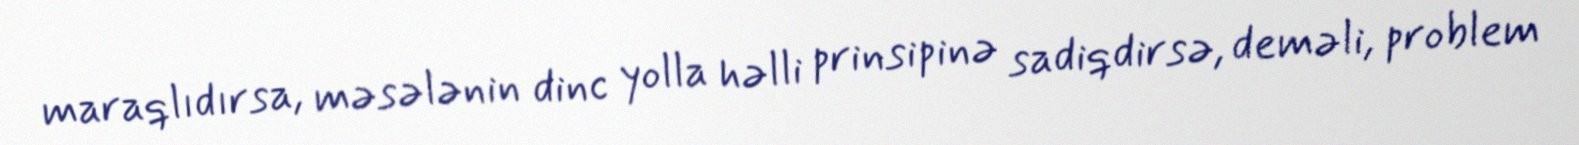
maraqlıdırsa, məsələnin dinc yolla həlli prinsipinə sadiqdirsə, deməli, problem